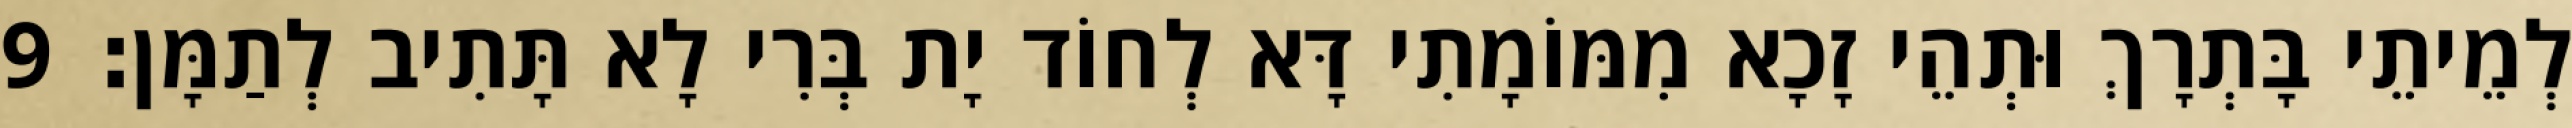
לְמֵיתֵי בָּתְרָךְ וּתְהֵי זָכָא מִמּוֹמָתִי דָּא לְחוֹד יָת בְּרִי לָא תָּתִיב לְתַמָּן׃ 9